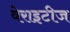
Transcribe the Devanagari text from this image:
वेराइटीज